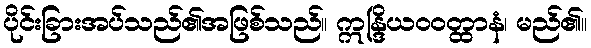
ပိုင်းခြားအပ်သည်၏အဖြစ်သည်။ ဣန္ဒြိယဝဝတ္ထာနံ၊ မည်၏။